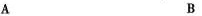
A B